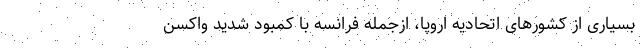
بسیاری از کشورهای اتحادیه اروپا، ازجمله فرانسه با کمبود شدید واکسن